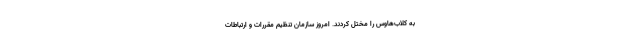
به کلاب‌هاوس را مختل کردند. امروز سازمان تنظیم مقررات و ارتباطات